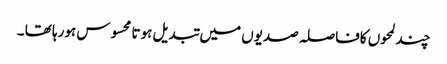
چند لمحوں کافاصلہ صدیوں میں تبدیل ہوتا محسوس ہورہا تھا ۔